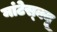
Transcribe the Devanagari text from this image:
मांटेस्क्यू